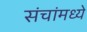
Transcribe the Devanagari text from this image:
संचांमध्ये